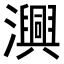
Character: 𭳢